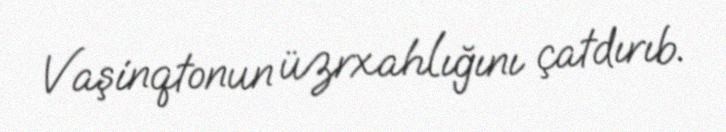
Vaşinqtonun üzrxahlığını çatdırıb.